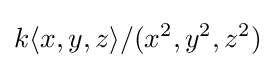
k\langle x,y,z\rangle /(x^{2},y^{2},z^{2})